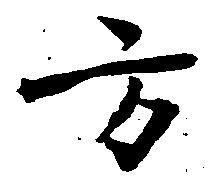
方